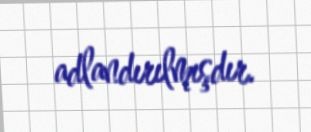
adlandırılmışdır.